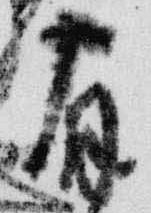
宿